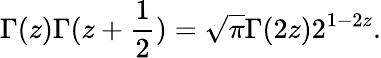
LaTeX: \Gamma(z)\Gamma(z+\frac 12)=\sqrt{\pi}\Gamma(2z)2^{1-2z}.